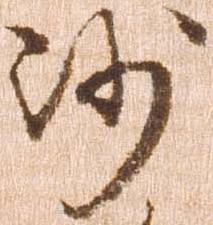
沙